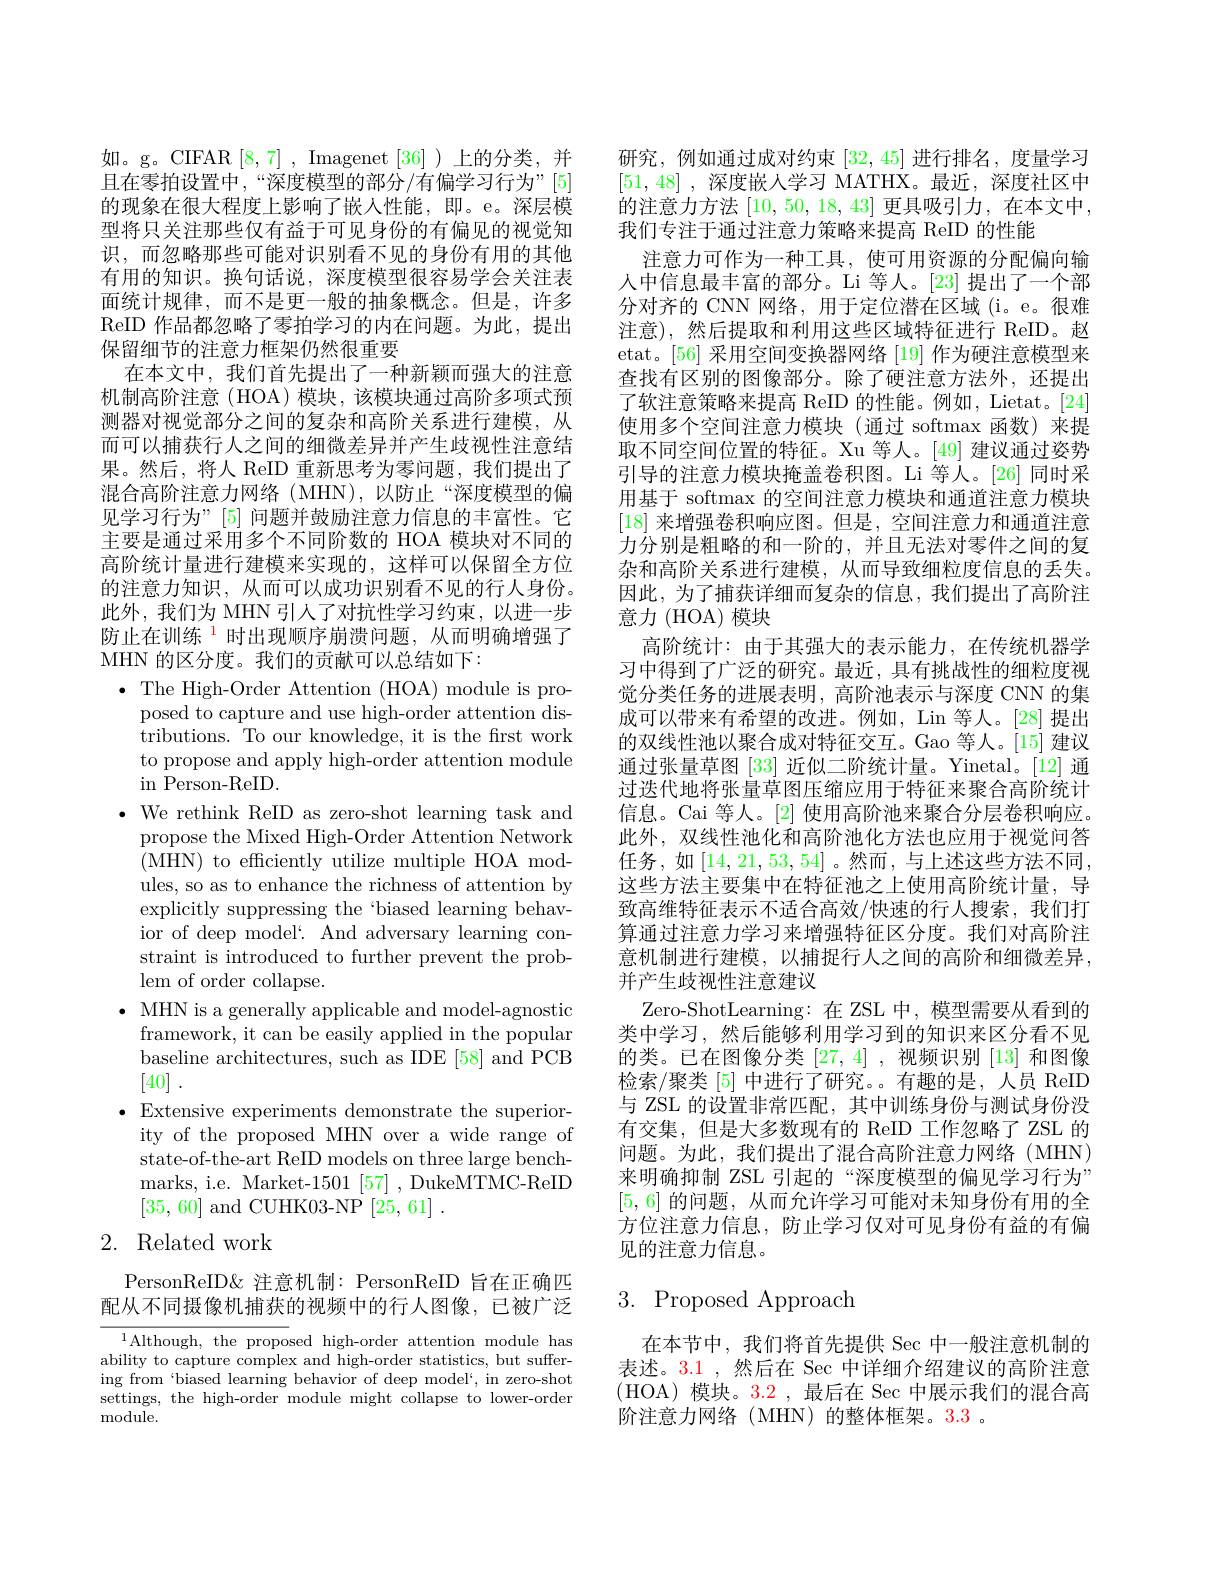
如。g。CIFAR[8,7],Imagenet[36])上的分类，并且在零拍设置中，“深度模型的部分/有偏学习行为”[5] 的现象在很大程度上影响了嵌人性能，即。e。深层模型将只关注那些仅有益于可见身份的有偏见的视觉知识，而忽略那些可能对识别看不见的身份有用的其他有用的知识。换句话说，深度模型很容易学会关注表面统计规律，而不是更一般的抽象概念。但是，许多ReID 作品都忽略了零拍学习的内在问题。为此，提出保留细节的注意力框架仍然很重要
在本文中，我们首先提出了一种新颖而强大的注意机制高阶注意(HOA)模块，该模块通过高阶多项式预测器对视觉部分之间的复杂和高阶关系进行建模，从而可以捕获行人之间的细微差异并产生歧视性注意结果。然后，将人 ReID 重新思考为零问题，我们提出了混合高阶注意力网络(MHN),以防止“深度模型的偏见学习行为”[5] 问题并鼓励注意力信息的丰富性。它主要是通过采用多个不同阶数的 HOA 模块对不同的高阶统计量进行建模来实现的，这样可以保留全方位的注意力知识，从而可以成功识别看不见的行人身份。此外，我们为 MHN 引人了对抗性学习约束，以进一步防止在训练$^{\color{red}{1}}$时出现顺序崩溃问题，从而明确增强了MHN 的区分度。我们的贡献可以总结如下：
$\bullet$ The High-Order Attention (HOA) module is pro-
posed to capture and use high-order attention distributions. To our knowledge, it is the first work to propose and apply high-order attention module in Person-ReID.
$\bullet$ We rethink ReID as zero-shot learning task and
propose the Mixed High-Order Attention Network (MHN) to effciently utilize multiple HOA modules, so as to enhance the richness of attention by explicitly suppressing the `biased learning behavior of deep model'. And adversary learning constraint is introduced to further prevent the problem of order collapse.
$\bullet$ MHN is a generally applicable and model-agnostic
framework, it can be easily applied in the popular baseline architectures, such as IDE [58] and PCB [40] .
$\bullet$ Extensive experiments demonstrate the superior-
ity of the proposed MHN over a wide range of state-of-the-art ReID models on three large benchmarks, i.e. Market-1501 [57] , DukeMTMC-ReID [35,60] and CUHK03-NP [25,61].
2. Related work

PersonReID&注意机制：PersonReID 旨在正确匹配从不同摄像机捕获的视频中的行人图像，已被广泛

${\overline{{^1}\text{Although, the proposed}}}{\mathrm{high-order}}{\mathrm{attention}}{\mathrm{module}}{\mathrm{has}}$ ability to capture complex and high-order statistics, but suffering from ‘biased learning behavior of deep model`, in zero-shot settings, the high-order module might collapse to lower-order module.

研究，例如通过成对约束[32,45]进行排名，度量学习[51,48] ,深度嵌人学习 MATHX。最近，深度社区中的注意力方法[10,50,18,43]更具吸引力，在本文中， 我们专注于通过注意力策略来提高 ReID 的性能
注意力可作为一种工具，使可用资源的分配偏向输人中信息最丰富的部分。Li 等人。[23] 提出了一个部分对齐的 CNN 网络，用于定位潜在区域 (i。e。很难注意),然后提取和利用这些区域特征进行 ReID。赵etat。[56] 采用空间变换器网络 [19] 作为硬注意模型来查找有区别的图像部分。除了硬注意方法外，还提出了软注意策略来提高 ReID 的性能。例如，Lietat。[24] 使用多个空间注意力模块(通过 softmax 函数)来提取不同空间位置的特征。Xu 等人。[49] 建议通过姿势引导的注意力模块掩盖卷积图。Li 等人。[26] 同时采用基于 softmax 的空间注意力模块和通道注意力模块[18]来增强卷积响应图。但是，空间注意力和通道注意力分别是粗略的和一阶的，并且无法对零件之间的复杂和高阶关系进行建模，从而导致细粒度信息的丢失。因此，为了捕获详细而复杂的信息，我们提出了高阶注意力 (HOA) 模块
高阶统计：由于其强大的表示能力，在传统机器学习中得到了广泛的研究。最近，具有挑战性的细粒度视觉分类任务的进展表明，高阶池表示与深度 CNN 的集成可以带来有希望的改进。例如，Lin 等人。[28] 提出的双线性池以聚合成对特征交互。Gao 等人。[15] 建议通过张量草图[33]近似二阶统计量。Yinetal。[12] 通过迭代地将张量草图压缩应用于特征来聚合高阶统计信息。Cai 等人。[2] 使用高阶池来聚合分层卷积响应。此外，双线性池化和高阶池化方法也应用于视觉问答任务，如$\left[14,21,53,54\right]$。然而，与上述这些方法不同， 这些方法主要集中在特征池之上使用高阶统计量，导致高维特征表示不适合高效/快速的行人搜索，我们打算通过注意力学习来增强特征区分度。我们对高阶注意机制进行建模，以捕捉行人之间的高阶和细微差异， 并产生歧视性注意建议
Zero-ShotLearning:在 ZSL 中，模型需要从看到的类中学习，然后能够利用学习到的知识来区分看不见的类。已在图像分类[27,4] ,视频识别 [13] 和图像检索/聚类 [5] 中进行了研究。。有趣的是，人员 ReID 与 ZSL 的设置非常匹配，其中训练身份与测试身份没有交集，但是大多数现有的 ReID 工作忽略了 ZSL 的问题。为此，我们提出了混合高阶注意力网络(MHN) 来明确抑制 ZSL 引起的“深度模型的偏见学习行为” [5,6]的问题，从而允许学习可能对未知身份有用的全方位注意力信息，防止学习仅对可见身份有益的有偏见的注意力信息。

# 3. Proposed Approach

在本节中，我们将首先提供 Sec 中一般注意机制的表述。3.1 ,然后在 Sec 中详细介绍建议的高阶注意(HOA)模块。3.2,最后在 Sec 中展示我们的混合高阶注意力网络(MHN)的整体框架。3.3 。